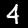
Digit: 4